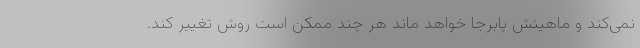
نمی‌کند و ماهیتش پابرجا خواهد ماند هر چند ممکن است روش تغییر کند.